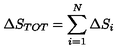
{ \Delta } S _ { T O T } = \sum _ { i = 1 } ^ { N } { \Delta } S _ { i }